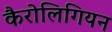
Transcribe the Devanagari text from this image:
कैरोलिगियन